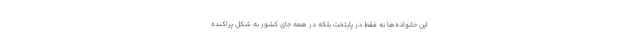
این خانواده‌ها نه فقط در پایتخت بلکه در همه جای کشور به شکل پراکنده